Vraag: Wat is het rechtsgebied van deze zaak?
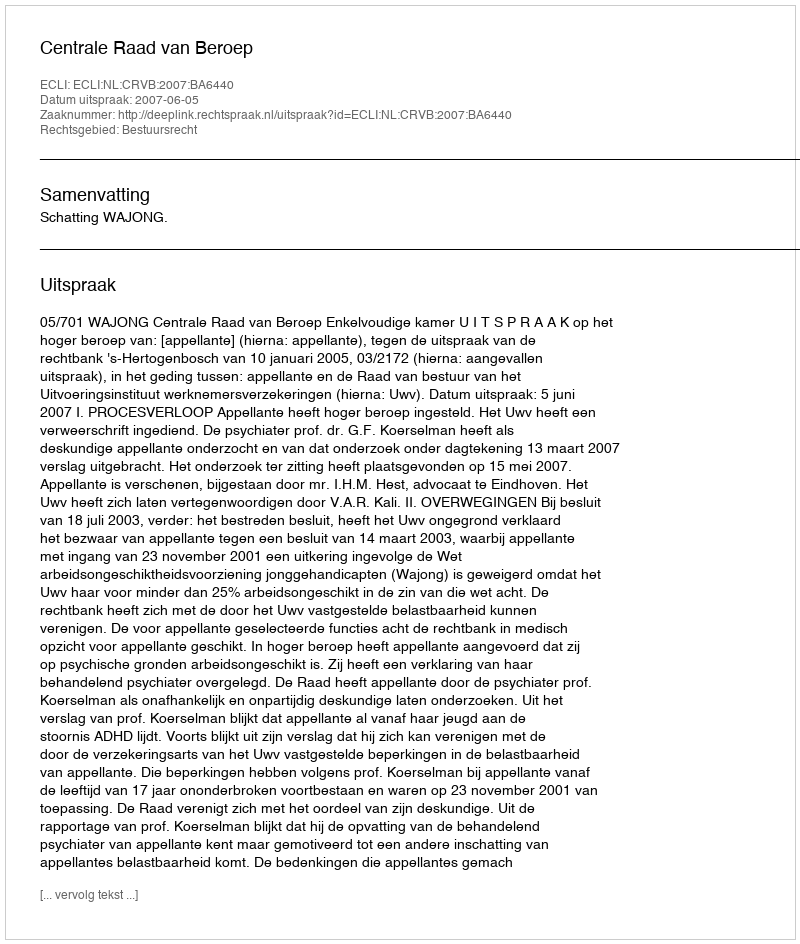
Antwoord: Bestuursrecht